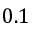
0 . 1